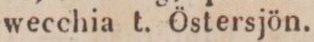
wecchia t. Östersjön.